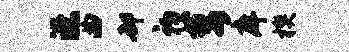
漶曲却初萎庠楔